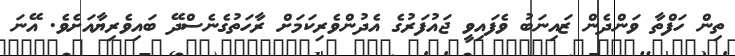
ތިން ހަފްތާ ވަންދެން ޒައިނަބު ވެފައިވީ ޖައުފަރުގެ އެދުންވެރިކަމަށް ރާހަތުގެނެސްދޭ ބައިވެރިޔާއަށެވެ. އޭނަ